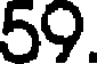
59.